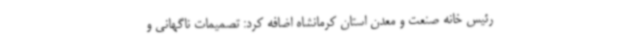
رئیس خانه صنعت و معدن استان کرمانشاه اضافه کرد: تصمیمات ناگهانی و